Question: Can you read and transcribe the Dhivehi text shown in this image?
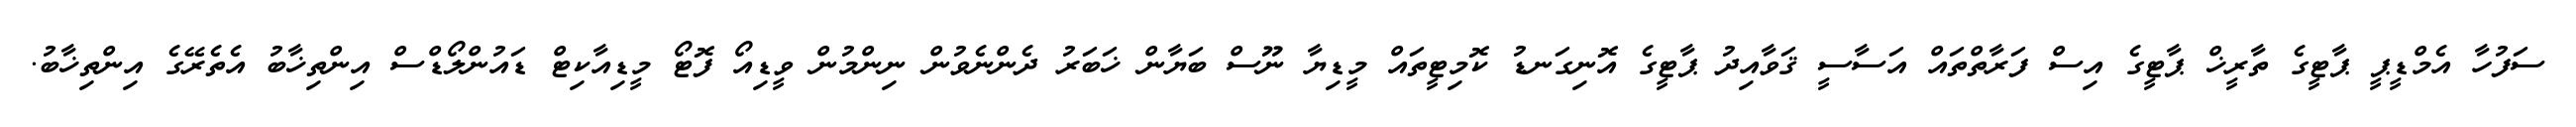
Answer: ސަފުހާ އެމްޑީޕީ ޕާޓީގެ ތާރީޚް ޕާޓީގެ އިސް ފަރާތްތައް އަސާސީ ޤަވާއިދު ޕާޓީގެ އޮނިގަނޑު ކޮމިޓީތައް މީޑިޔާ ނޫސް ބަޔާން ޚަބަރު ދެންނެވުން ނިންމުން ވީޑިއޯ ފޮޓޯ މީޑިއާކިޓް ޑައުންލޯޑްސް އިންތިޚާބު އެތެރޭގެ އިންތިޚާބު.